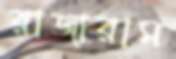
রাজারাম